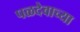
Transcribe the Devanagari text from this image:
पळदेवाच्या